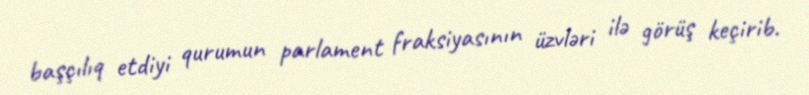
başçılıq etdiyi qurumun parlament fraksiyasının üzvləri ilə görüş keçirib.